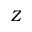
Z